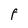
Character: F